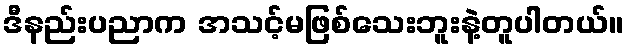
ဒီနည်းပညာက အသင့်မဖြစ်သေးဘူးနဲ့တူပါတယ်။